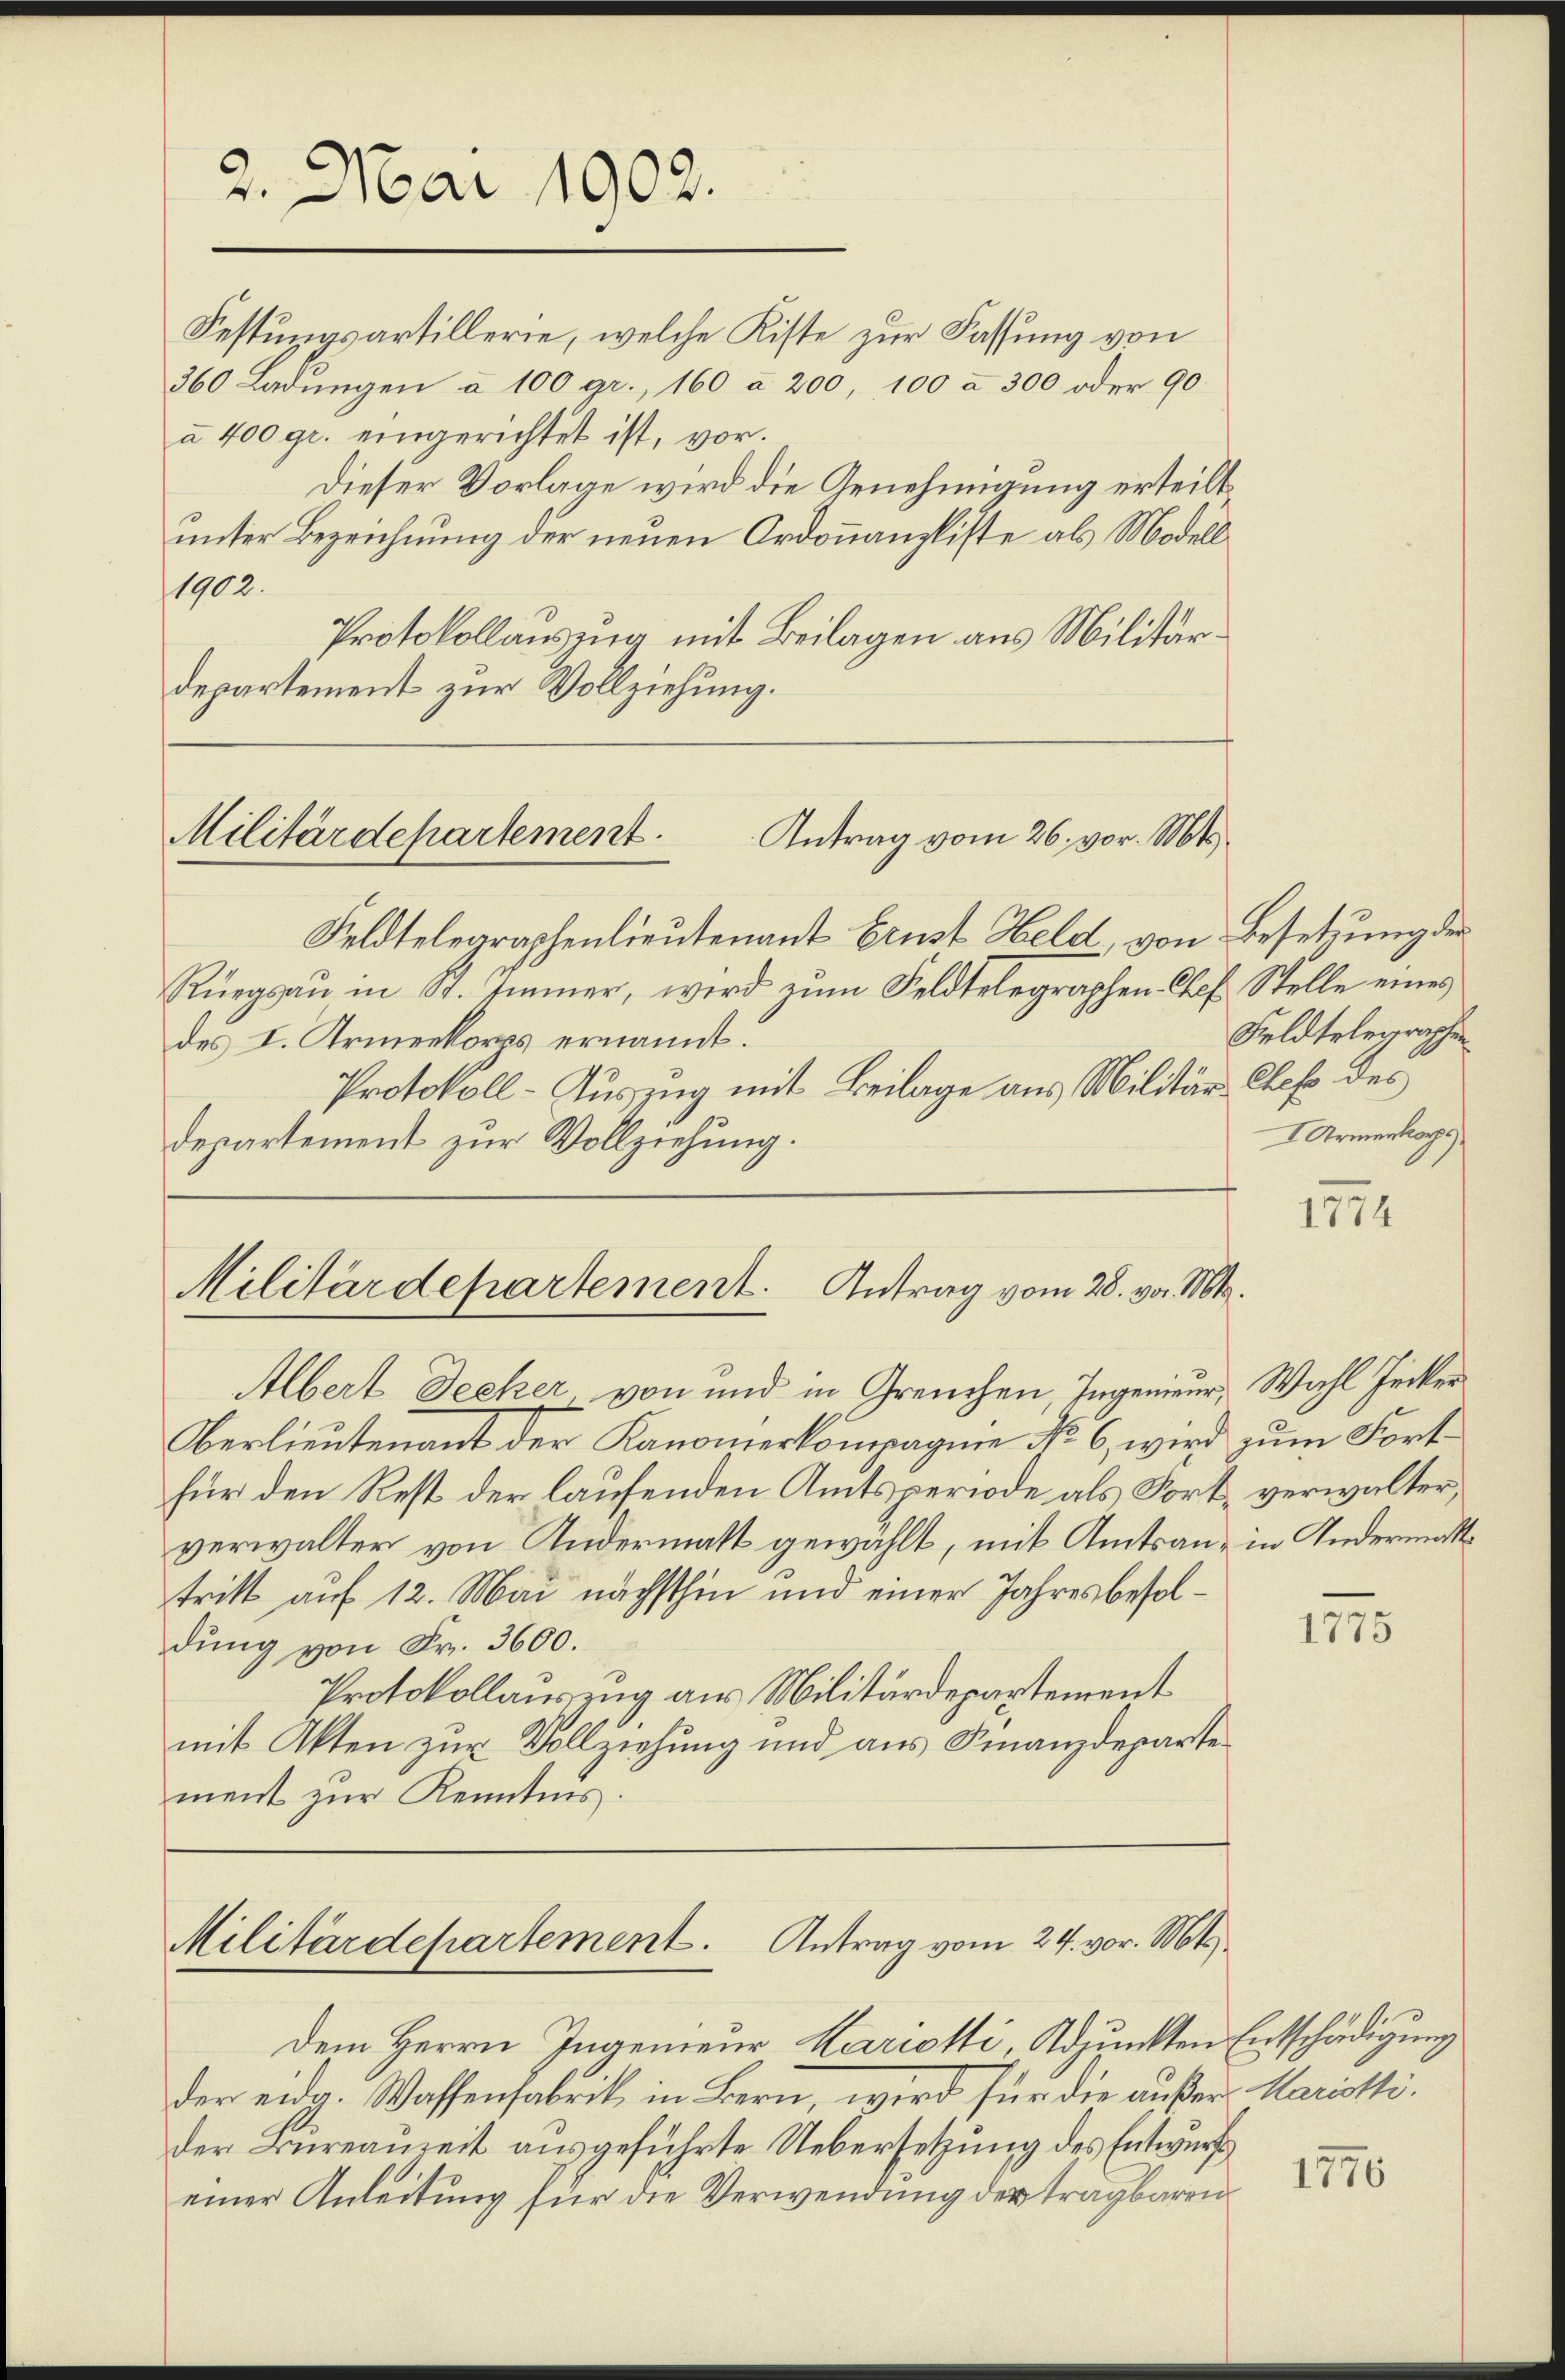
Festungsartillerie, welche Kiste zur Fassung von
360 Ladungen à 100 gr., 160 à 200, 100 à 300 oder 90
à 400 gr. eingerichtet ist, vor.
Dieser Vorlage wird die Genehmigung erteilt
unter Bezeichnung der neuen Ordonnanzliste als Modell
1902.
Protokollausung mit Beilagen aus Militärdepartement zur Vollziehung.

2. Mai 1902.

Antrag vom 26. vor. Mts.
Militärdepartement.

Feldtelegraphenlieutenant Ernst Held, von Besetzung der
Rüegsaŭ in St. Immer, wird zum Feldtelegraphen Chef Stelle eines
des I. Armenkorps ernannt:
Protokoll-Auszug mit Beilage aus Militär-Chef des
departement zur Vollziehung.

Militärdepartement. Antrag vom 28. vor. Mt.

Albert Decker von und in Greuchen, Ingenieur, Wahl Zucker
Oberlieutenant der Kanonerkompagnie No. 6, wird zum Fort
für den Rest der laufenden Amtsperiode als Fort, verwalter,
verwalter von Andermatt gewählt, mit Amtsan- in Andermatttritt auf 12. Mai nächsthin und einer Jahresbesoldung von Fr. 3600.
Protokollauszug aus Militärdepartement
mit Akten zur Vollziehung und aus Finanzdeparte
ment zur Kenntnis.

Militärdepartement. Antrag vom 24. vor. Mts.

Dem Herrn Ingenieur Kariotti, Adjunkten Entschädigung
der eidg. Wassenfabrik in Bern, wird für die außer Maristider Bureauzeit ausgeführte Uebersetzung des Entwurf
einer Anleitung für die Verwendung der tragbaren

Feldtelegraphen
 Armenkorps

1774

1775

1776